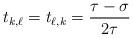
LaTeX: \begin{align*}t_{k,\ell} = t_{\ell,k} = \frac{ \tau - \sigma}{2 \tau}\end{align*}